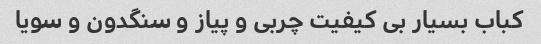
کباب بسیار بی کیفیت چربی و پیاز و سنگدون و سویا